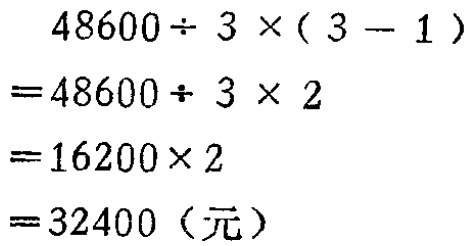
\[

\begin{align*}

&48600\div 3\times(3 - 1)\\

=&48600\div 3\times 2\\

=&16200\times 2\\

=&32400（元）

\end{align*}

\]